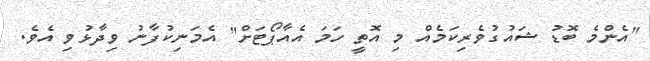
"އެންމެ ބޮޑު ޝައުގުވެރިކަމެއް މި އޮތީ ހަމަ އެއާޕޯޓަށް" އެމަނިކުފާނު ވިދާޅުވި އެވެ.